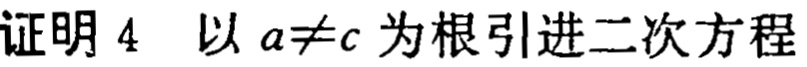
证明 4  以 \(a\neq c\) 为根引进二次方程